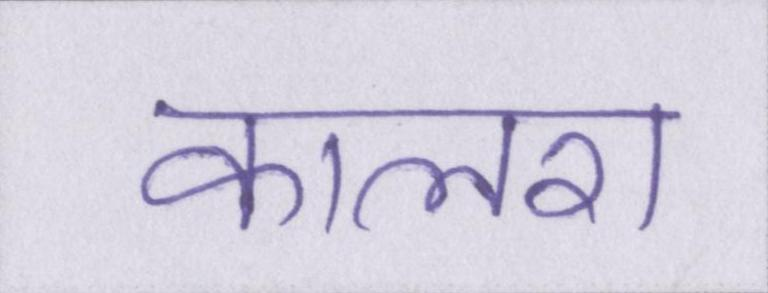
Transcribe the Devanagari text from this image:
कालरा